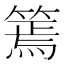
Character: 篶